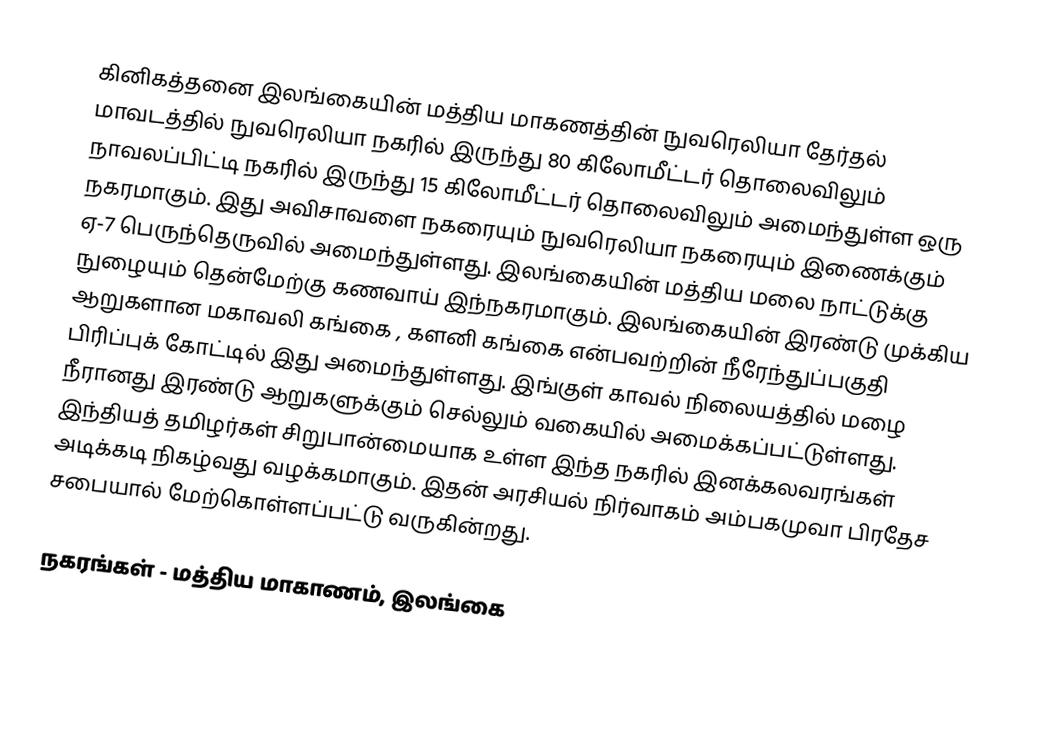
கினிகத்தனை இலங்கையின் மத்திய மாகணத்தின்  நுவரெலியா தேர்தல் மாவடத்தில் நுவரெலியா நகரில் இருந்து 80 கிலோமீட்டர் தொலைவிலும் நாவலப்பிட்டி நகரில் இருந்து 15 கிலோமீட்டர் தொலைவிலும் அமைந்துள்ள ஒரு நகரமாகும். இது அவிசாவளை நகரையும் நுவரெலியா நகரையும் இணைக்கும் ஏ-7 பெருந்தெருவில் அமைந்துள்ளது. இலங்கையின் மத்திய மலை நாட்டுக்கு நுழையும் தென்மேற்கு  கணவாய் இந்நகரமாகும். இலங்கையின் இரண்டு முக்கிய ஆறுகளான மகாவலி கங்கை , களனி கங்கை என்பவற்றின் நீரேந்துப்பகுதி பிரிப்புக் கோட்டில் இது அமைந்துள்ளது. இங்குள் காவல் நிலையத்தில் மழை நீரானது இரண்டு ஆறுகளுக்கும் செல்லும் வகையில் அமைக்கப்பட்டுள்ளது.  இந்தியத் தமிழர்கள் சிறுபான்மையாக உள்ள இந்த நகரில் இனக்கலவரங்கள் அடிக்கடி நிகழ்வது வழக்கமாகும்.  இதன் அரசியல் நிர்வாகம் அம்பகமுவா பிரதேச சபையால் மேற்கொள்ளப்பட்டு வருகின்றது.

நகரங்கள் - மத்திய மாகாணம், இலங்கை